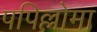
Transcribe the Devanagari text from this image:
पपिल्लोमा